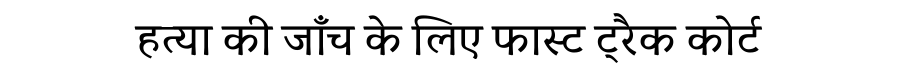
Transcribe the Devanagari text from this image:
हत्या की जाँच के लिए फास्ट ट्रैक कोर्ट